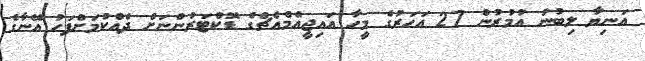
އަނިޔާ ލިބުނު އުމުރުން 27 އަހަރުގެ މީހާ އައިޖީއެމްއެޗްގެ ޑޮކްޓަރުންނަށް ދެއްކުމަށްފަހު އޭނާގެ